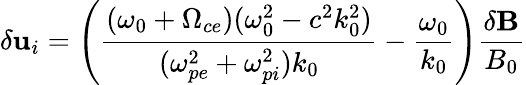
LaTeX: \delta{\mathbf u}_{i}=\left(\frac{(\omega_{0}+\Omega_{ce})(\omega_{0}^{2}-c^{2}k_{0}^{2})}{(\omega_{pe}^{2}+\omega_{pi}^{2})k_{0}}-\frac{\omega_{0}}{k_{0}}\right)\frac{{\delta\mathbf B}}{B_{0}}